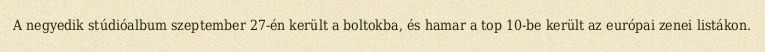
A negyedik stúdióalbum szeptember 27-én került a boltokba, és hamar a top 10-be került az európai zenei listákon.